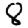
Digit: 8